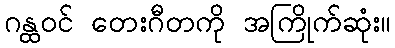
ဂန္ထဝင် တေးဂီတကို အကြိုက်ဆုံး။